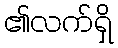
၏လက်ရှိ